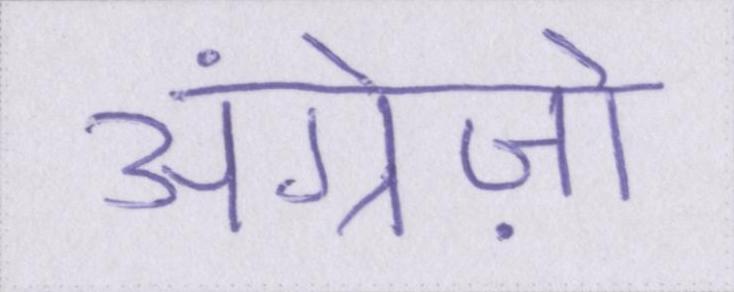
अंग्रेज़ो